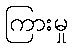
ကြားမှု